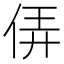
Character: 㑝